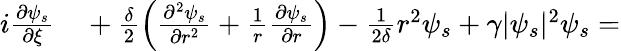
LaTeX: \begin{array}{rl}{i\frac{\partial\psi_{s}}{\partial\xi}}&{{}+\frac{\delta}{2}\left(\frac{\partial^{2}\psi_{s}}{\partial r^{2}}+\frac{1}{r}\frac{\partial\psi_{s}}{\partial r}\right)-\frac{1}{2\delta}r^{2}\psi_{s}+\gamma|\psi_{s}|^{2}\psi_{s}=}\end{array}